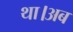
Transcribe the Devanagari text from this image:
था।अब